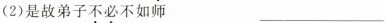
(2)是故弟子不必不如师 ___